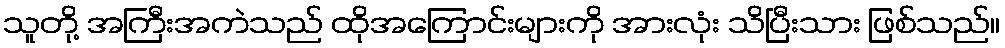
သူတို့ အကြီးအကဲသည် ထိုအကြောင်းများကို အားလုံး သိပြီးသား ဖြစ်သည်။